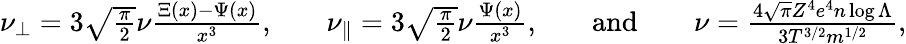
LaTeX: \begin{array}{rlrlrlr}{\nu_{\perp}=3\sqrt{\frac{\pi}{2}}\nu\frac{\Xi(x)-\Psi(x)}{x^{3}},}&{}&{\nu_{\parallel}=3\sqrt{\frac{\pi}{2}}\nu\frac{\Psi(x)}{x^{3}},}&{}&{\mathrm{and}}&{}&{\nu=\frac{4\sqrt{\pi}Z^{4}e^{4}n\log\Lambda}{3T^{3/2}m^{1/2}},}\end{array}